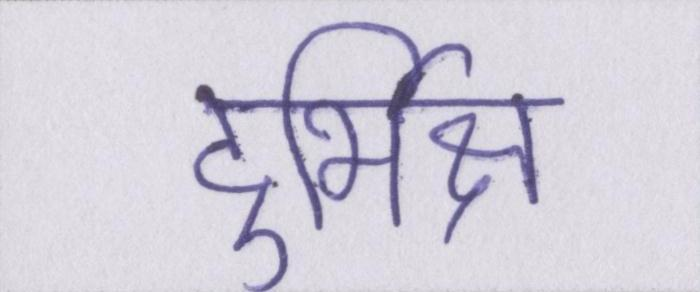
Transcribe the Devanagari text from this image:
दुर्भिक्ष